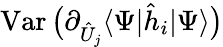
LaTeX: \operatorname{Var}\big(\partial_{\hat{U}_{j}}\langle\Psi|\hat{h}_{i}|\Psi\rangle\big)